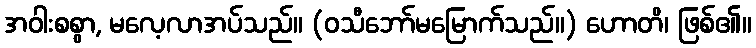
အဝါးစစွာ, မလေ့လာအပ်သည်။ (ဝသီဘော်မမြောက်သည်။) ဟောတိ၊ ဖြစ်၏။